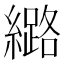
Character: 𫄉